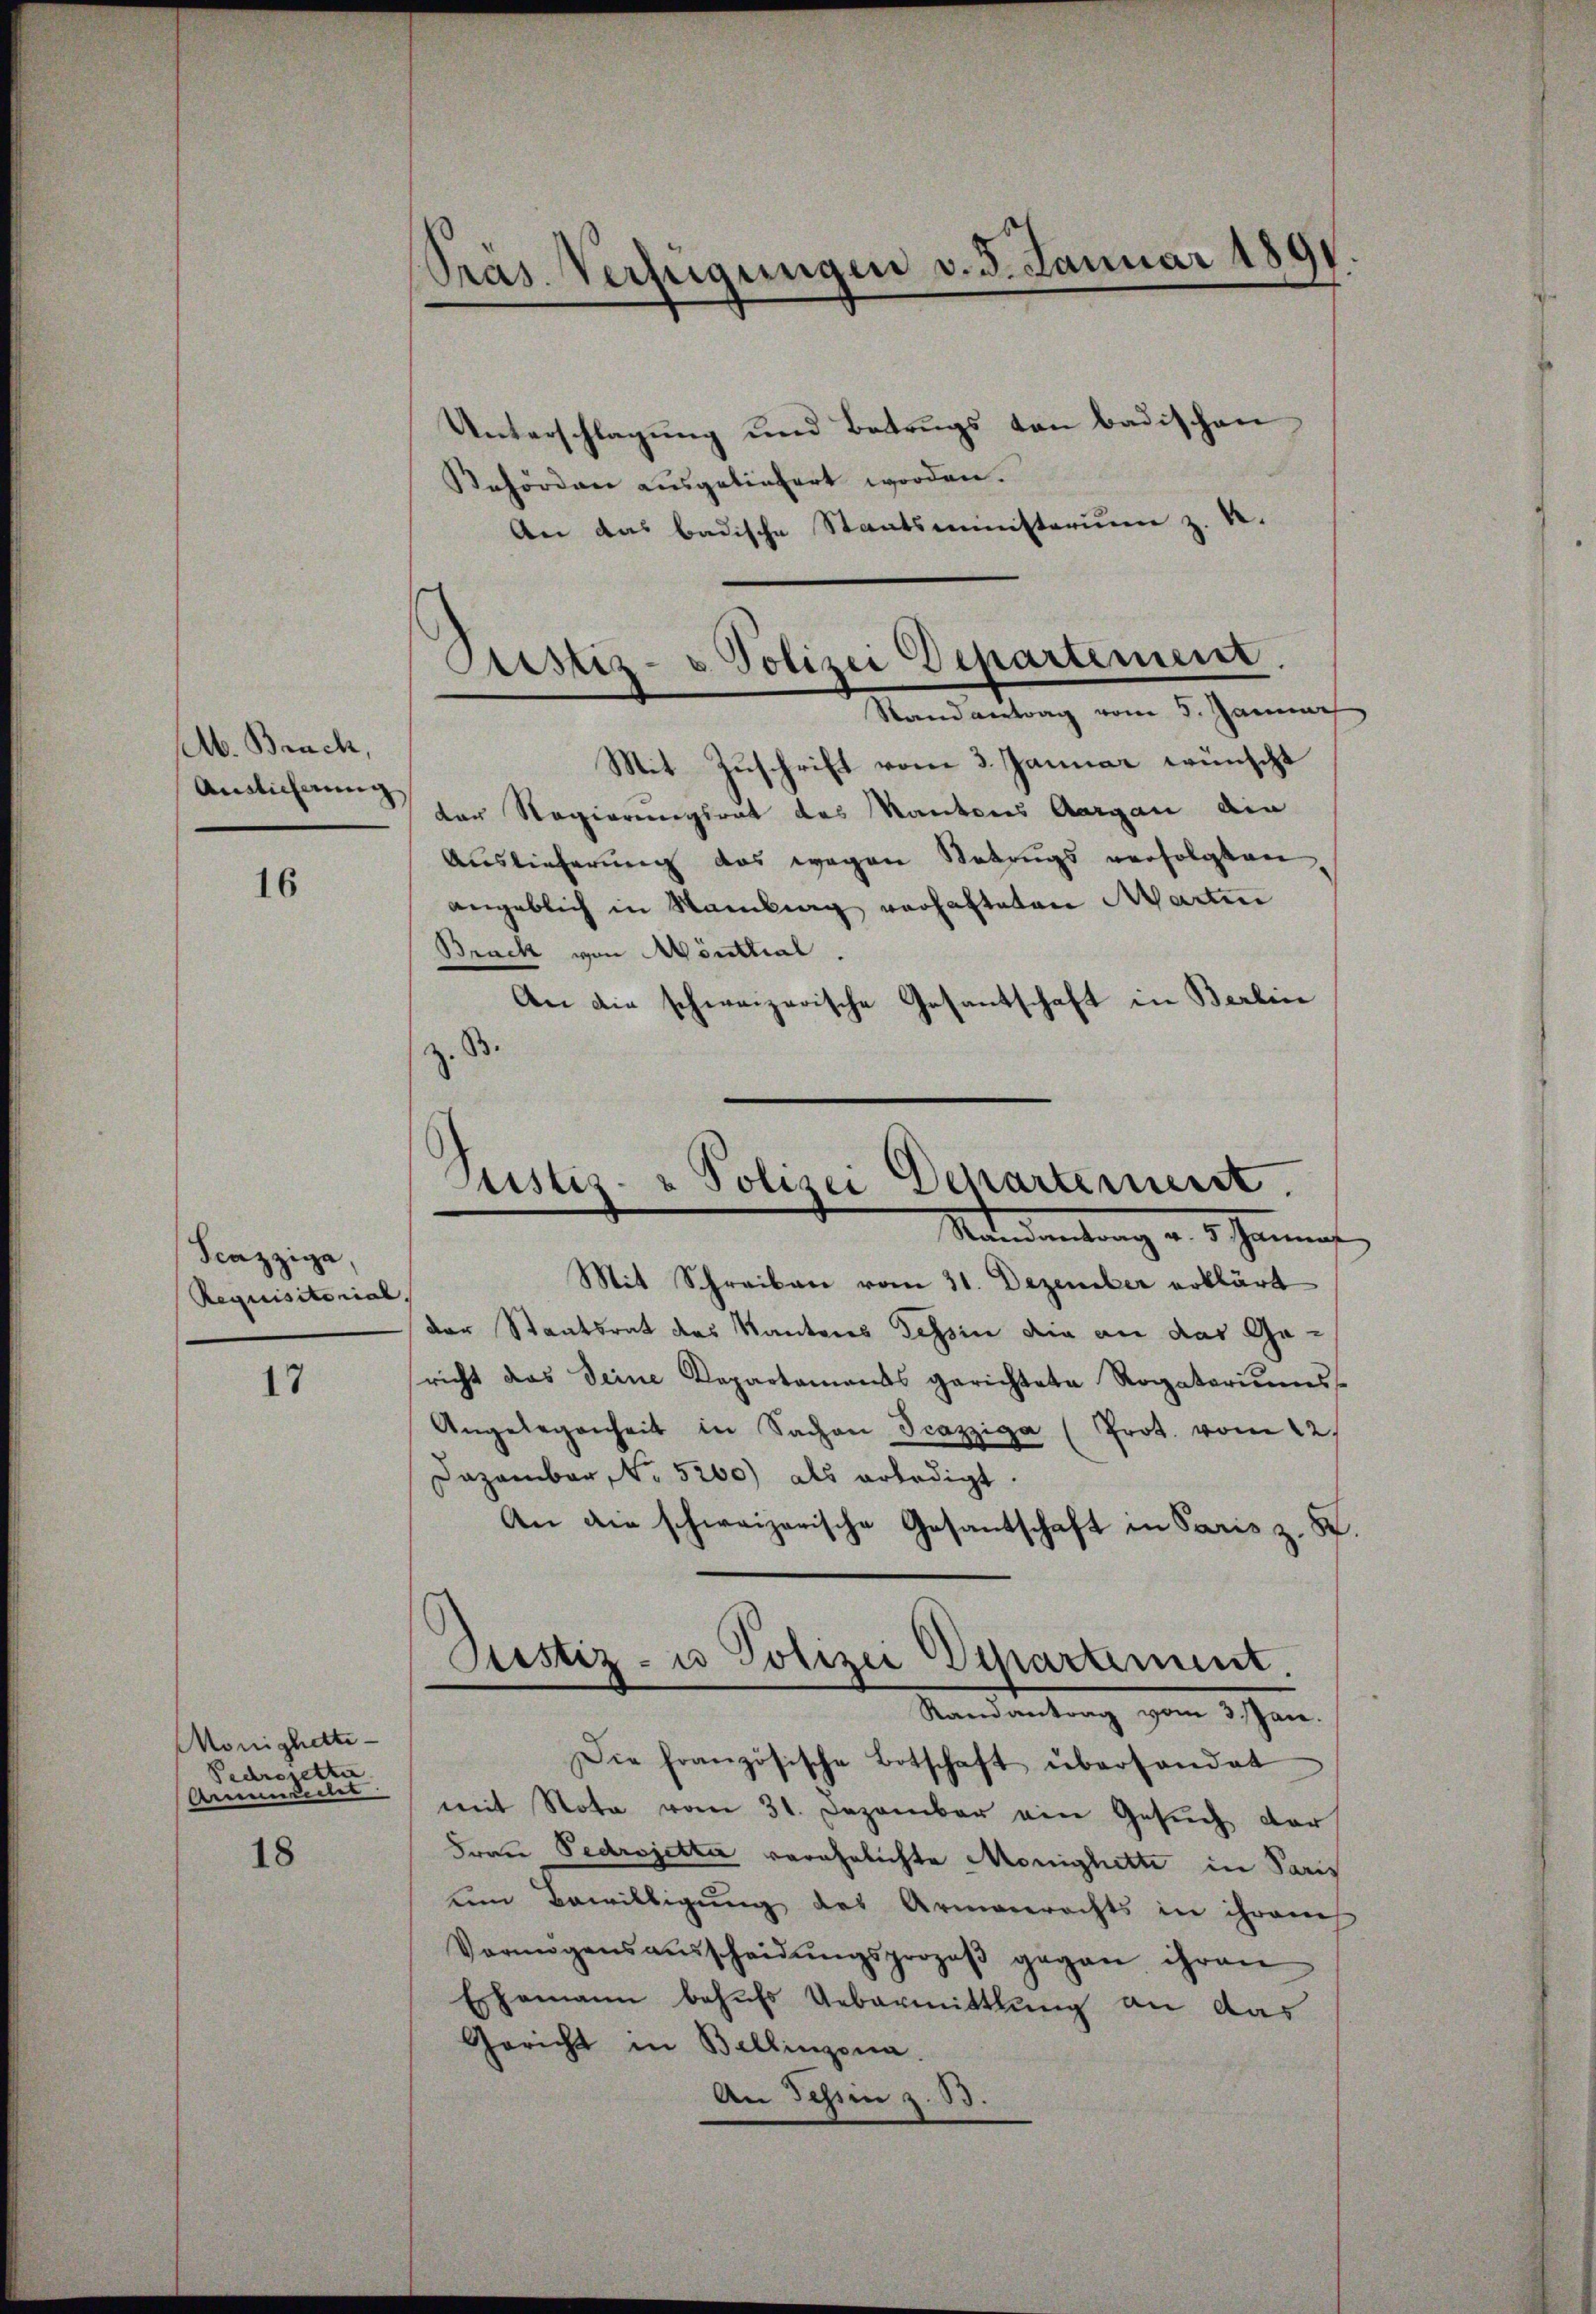
b. Brach,
Anslicherung

16

Fcazzige,
Requisitorial.

17

Monighati¬
Pedrezette
Ammedictes

18

.
Präs. Verfügungen v. 3. Januar 1891

Unterschlagung und Betrugs von badischen
Rehördnen ausgeliefert worden.
An das badische Staatsministerium z. R.
Mit Zuschrift vom 3. Januar wünscht
 der Regierungsrat des Kantons Aargau die
Auslieferung das wegen Natrugs verfolgten
angeblich in Samlung verhafteten Marten
Brack von Mönthal.
An die schweizerische Gotantschaft in Berlin
¬
.B.

Prestiz- u Polizei Departement.
Randantrag vom 5. Januar

Justiz- & Polizei Departement.
Mandantrag v. 5. Jannes

Mit Schreiben vom 31. Dezember erklärt
der Staatsrat des Kantons Tessin die an das Gericht das Seine Departaments gerichtete Rogatoriums
Angelegenheit in Sachen Scazziga (Prot. vom 12.
Dazambar No 5200) als erledigt.
An die schweizerische Gesantschaft in Paris z. K.
Die französische Botschaft überhandet
mit Nota vom 31. Dezember ein Gesŭch der
Frau Pedrojetter verehelichte Monighette in Paris
um Bewilligung des Armenrechts in ihrem
Vermögensaŭsscheidŭngsprozeβ gegen ihren
Eshamann behufs Uebermittlung an das
Gericht in Bellinzona.
An Schin z. B.

Justiz- u Polizei Departement.
Randantrag vom 3. Jan.